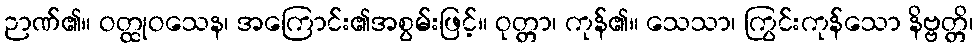
ဉာဏ်၏။ ဝတ္ထုဝသေန၊ အကြောင်း၏အစွမ်းဖြင့်။ ဝုတ္တာ၊ ကုန်၏။ သေသာ၊ ကြွင်းကုန်သော နိဗ္ဗတ္တိ၊